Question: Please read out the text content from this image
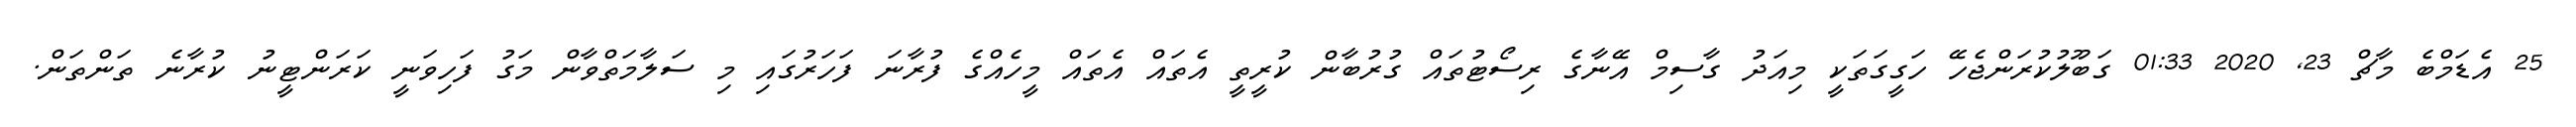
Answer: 25 އެޑަމްބެ މާޗް 23, 2020 01:33 ގަބޫލުކުރަންޖެހޭ ހަގީގަތަކީ މިއަދު ގާސިމް އޭނާގެ ރިސޯޓުތައް ގުރުބާން ކުރީތީ އެތައް އެތައް މީހެއްގެ ފުރާނަ ފަހަރުގައި މި ސަލާމަތްވާން މަގު ފަހިވަނީ ކަރަންޓީނު ކުރާނެ ތަންތަން.